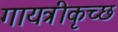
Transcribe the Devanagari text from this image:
गायत्रीकृच्छ